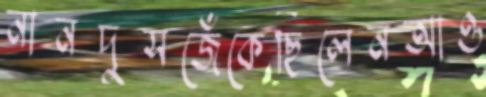
নানদুসজেঁকেছিলেনআও